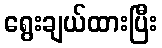
ရွေးချယ်ထားပြီး